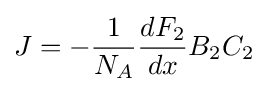
J=-{\frac {1}{N_{A}}}{\frac {dF_{2}}{dx}}B_{2}C_{2}